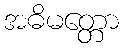
အဓိမတ္တော